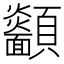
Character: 𩖋